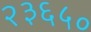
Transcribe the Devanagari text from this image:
२३६५०